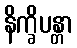
နိက္ခိပန္တာ